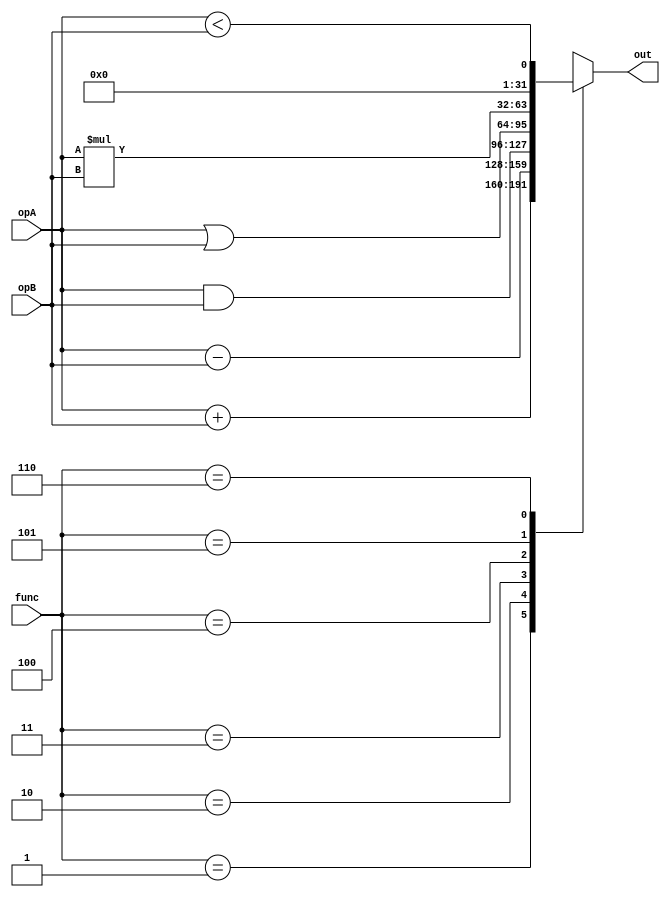
`timescale 1ns / 1ps
//////////////////////////////////////////////////////////////////////////////////
// Company: 
// Engineer: 
// 
// Design Name: 
// Module Name: ALU
// Project Name: 
// Target Devices: 
// Tool Versions: 
// Description: 
// 
// Dependencies: 
// 
// Revision:
// Revision 0.01 - File Created
// Additional Comments:
// 
//////////////////////////////////////////////////////////////////////////////////


module ALU(
input [31:0]opA,opB,
input [2:0]func,
output [31:0]out
    );
    reg [31:0]y;
    always@(*)
    begin
    case(func)
    3'b001 : y=opA+opB;
    3'b010 : y=opA-opB;
    3'b011 : y=opA&opB;
    3'b100 : y=opA|opB;
    3'b101 : y=opA*opB;
    3'b110 : y=opA<opB;
    default :y=32'hxxxxxxxx;
    endcase
    end 
    
    assign out=y;
endmodule